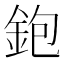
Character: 鉋